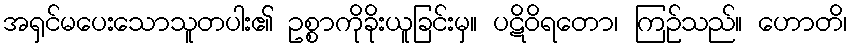
အရှင်မပေးသောသူတပါး၏ ဥစ္စာကိုခိုးယူခြင်းမှ။ ပဋိဝိရတော၊ ကြဉ်သည်။ ဟောတိ၊